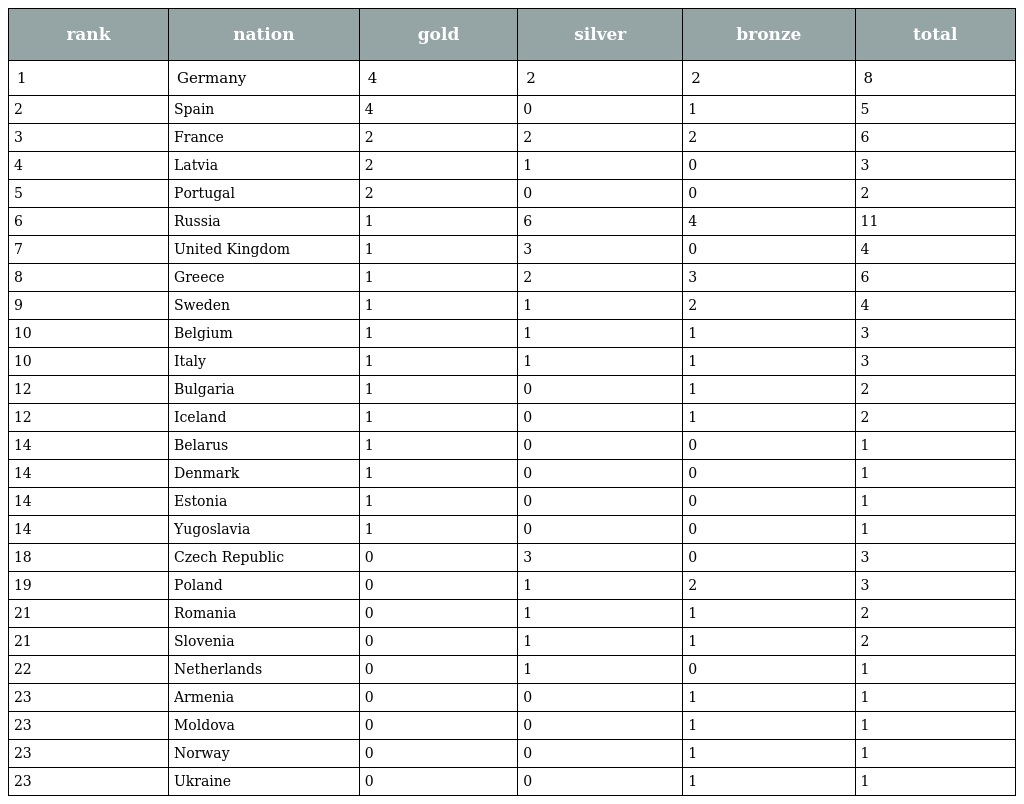
| rank | nation | gold | silver | bronze | total |
 | --- | --- | --- | --- | --- | --- |
 | 1 | Germany | 4 | 2 | 2 | 8 |
 | 2 | Spain | 4 | 0 | 1 | 5 |
 | 3 | France | 2 | 2 | 2 | 6 |
 | 4 | Latvia | 2 | 1 | 0 | 3 |
 | 5 | Portugal | 2 | 0 | 0 | 2 |
 | 6 | Russia | 1 | 6 | 4 | 11 |
 | 7 | United Kingdom | 1 | 3 | 0 | 4 |
 | 8 | Greece | 1 | 2 | 3 | 6 |
 | 9 | Sweden | 1 | 1 | 2 | 4 |
 | 10 | Belgium | 1 | 1 | 1 | 3 |
 | 10 | Italy | 1 | 1 | 1 | 3 |
 | 12 | Bulgaria | 1 | 0 | 1 | 2 |
 | 12 | Iceland | 1 | 0 | 1 | 2 |
 | 14 | Belarus | 1 | 0 | 0 | 1 |
 | 14 | Denmark | 1 | 0 | 0 | 1 |
 | 14 | Estonia | 1 | 0 | 0 | 1 |
 | 14 | Yugoslavia | 1 | 0 | 0 | 1 |
 | 18 | Czech Republic | 0 | 3 | 0 | 3 |
 | 19 | Poland | 0 | 1 | 2 | 3 |
 | 21 | Romania | 0 | 1 | 1 | 2 |
 | 21 | Slovenia | 0 | 1 | 1 | 2 |
 | 22 | Netherlands | 0 | 1 | 0 | 1 |
 | 23 | Armenia | 0 | 0 | 1 | 1 |
 | 23 | Moldova | 0 | 0 | 1 | 1 |
 | 23 | Norway | 0 | 0 | 1 | 1 |
 | 23 | Ukraine | 0 | 0 | 1 | 1 |